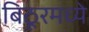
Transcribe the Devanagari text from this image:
बिठूरमध्ये